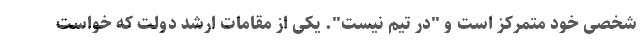
شخصی خود متمرکز است و "در تیم نیست". یکی از مقامات ارشد دولت که خواست